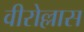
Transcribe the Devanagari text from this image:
वीरोल्लास